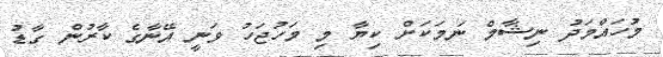
މުހައްމަދު ނިޝާމް ނަމަކަށް ކިޔާ މި މަހުޖަހު ވަނީ އޭނާގެ ކާރުން ގާޑު